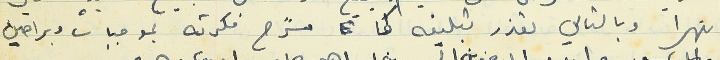
نهرا وبالتالي تعذر تبليغه كما شرح فكرته بموجبات وبراهين